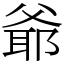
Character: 爺